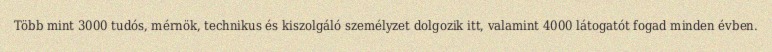
Több mint 3000 tudós, mérnök, technikus és kiszolgáló személyzet dolgozik itt, valamint 4000 látogatót fogad minden évben.